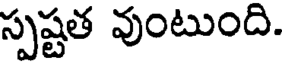
స్పష్టత వుంటుంది.